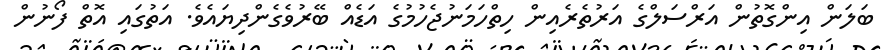
ބަލަން އިންގޮތުން އަރްސަލްގެ އަރުތެރެއިން ހިތްހަމަނުޖެހުމުގެ އަޑެއް ބޭރުވެގެންދިޔައެވެ. އަތުގައި އޮތް ފޯނުން